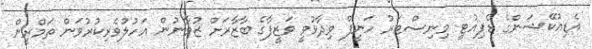
އެޑިއުކޭޝަންގެ ޑެޕިއުޓީ މިނިސްޓަރު ހަނީފް ވިދާޅުވީ ވަޒީފާގެ ބާޒާރަށް ޒުވާނުން އަހުލުވެރިކުރުވަން ތަމްރީން